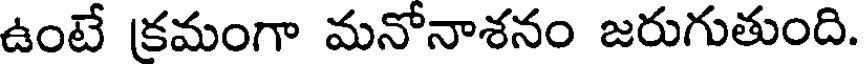
ఉంటే క్రమంగా మనోనాశనం జరుగుతుంది.